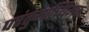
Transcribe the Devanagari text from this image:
परंतुमाध्यिमक